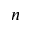
n